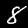
Digit: 8